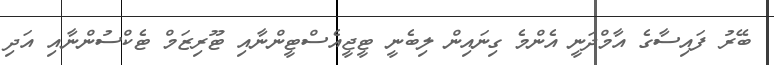
ބޭރު ފައިސާގެ އާމްދަނީ އެންމެ ގިނައިން ލިބެނީ ޓީޖީއެސްޓީންނާއި ޓޫރިޒަމް ޓެކްސުންނާއި އަދި